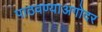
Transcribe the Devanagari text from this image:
पाठवण्याअगोदर